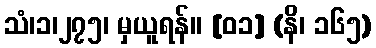
သံ၊၁၊၂၇၅၊ မှယူရန်။ [၀၁] (နိ၊ ၁၆၅)